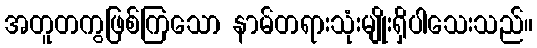
အတူတကွဖြစ်ကြသော နာမ်တရားသုံးမျိုးရှိပါသေးသည်။